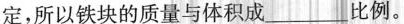
定，所以铁块的质量与体积成___比例。